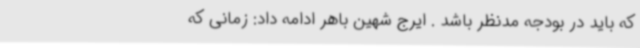
که باید در بودجه مدنظر باشد . ایرج شهین باهر ادامه داد: زمانی که